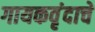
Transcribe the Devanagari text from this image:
गायकवृंदाचे